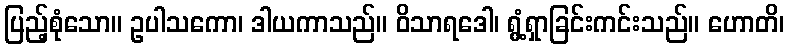
ပြည့်စုံသော။ ဥပါသကော၊ ဒါယကာသည်။ ဝိသာရဒေါ၊ ရွံ့ရှာခြင်းကင်းသည်။ ဟောတိ၊